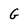
Character: G